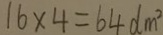
1 6 \times 4 = 6 4 d m ^ { 2 }